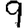
Digit: 9